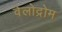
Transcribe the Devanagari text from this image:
वेलोद्रोम